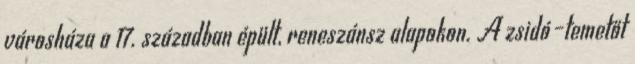
városháza a 17. században épült, reneszánsz alapokon. A zsidó–temetőt